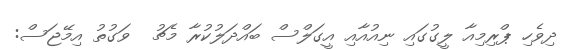
ދިވެހި ޕްރިމިއާ ލީގުގައި ނިއުއާއި އީގަލްސް ބައްދަލުކުރާ މެޗު  ވަގުތު އިމޭޖަސް: